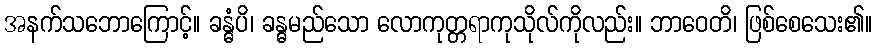
အနက်သဘောကြောင့်။ ခန္ဓံပိ၊ ခန္ဓမည်သော လောကုတ္တရာကုသိုလ်ကိုလည်း။ ဘာဝေတိ၊ ဖြစ်စေသေး၏။